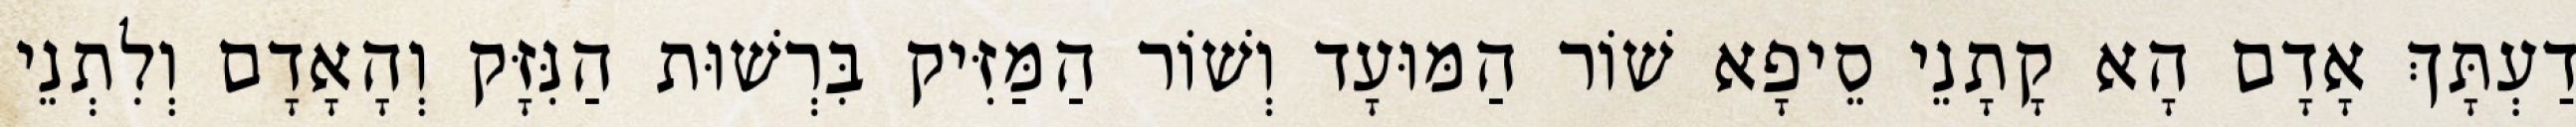
דַעְתָּךְ אָדָם הָא קָתָנֵי סֵיפָא שׁוֹר הַמּוּעָד וְשׁוֹר הַמַּזִּיק בִּרְשׁוּת הַנִּזָּק וְהָאָדָם וְלִתְנֵי